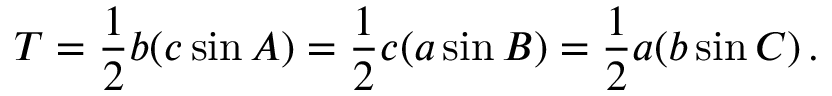
T = { \frac { 1 } { 2 } } b ( c \sin A ) = { \frac { 1 } { 2 } } c ( a \sin B ) = { \frac { 1 } { 2 } } a ( b \sin C ) \, .